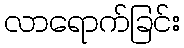
လာရောက်ခြင်း